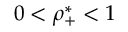
0 < \rho _ { + } ^ { * } < 1